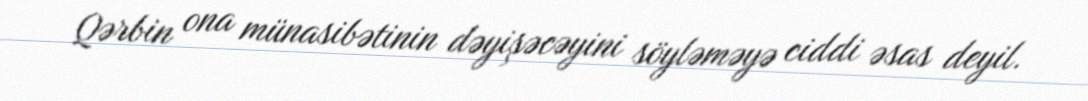
Qərbin ona münasibətinin dəyişəcəyini söyləməyə ciddi əsas deyil.